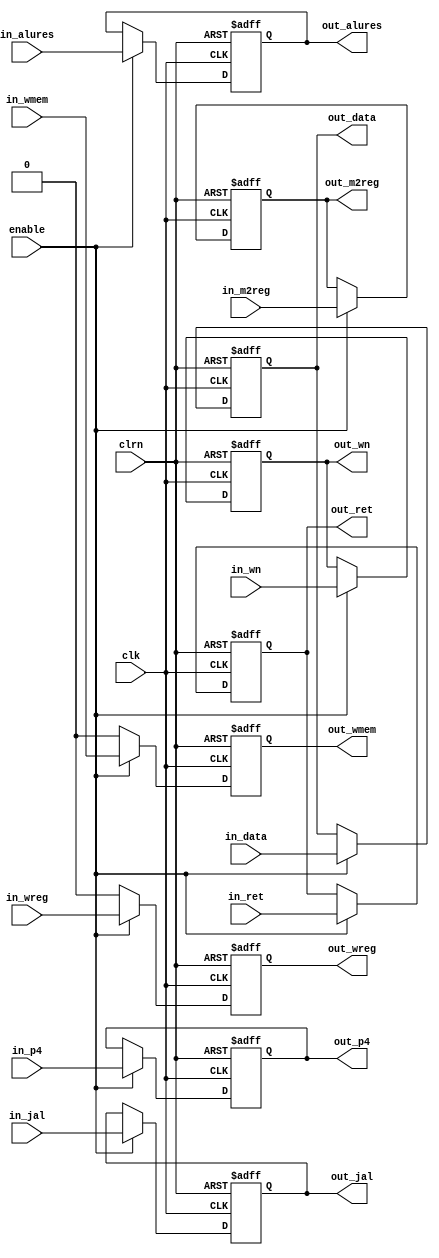
module latch_exmem (clrn,clk,enable,
                    in_wmem,in_wreg,in_m2reg,in_jal,
                    in_wn,in_alures,in_ret,in_p4,in_data,
                    out_wmem,out_wreg,out_m2reg,out_jal,
                    out_wn,out_alures,out_ret,out_p4,out_data                  
                    );

input           enable,clk,clrn;
input           in_wmem,in_wreg,in_m2reg,in_jal;
input   [4:0]   in_wn,in_ret;
input   [31:0]  in_alures,in_p4,in_data;

output           out_wmem,out_wreg,out_m2reg,out_jal;      
output   [4:0]   out_wn,out_ret;                  
output   [31:0]  out_alures,out_p4,out_data; 

reg              out_wmem,out_wreg,out_m2reg,out_jal;
reg      [4:0]   out_wn,out_ret;             
reg      [31:0]  out_alures,out_p4,out_data;          
always @(posedge clk or negedge clrn)         
    begin           
        if (clrn == 0)               
            begin                 // reset                 
                out_wmem<=0;
                out_wreg<=0;
                out_m2reg<=0;
                out_wn<=0;
                out_alures<=0;
                out_ret<=0;
                out_p4<=0;
                out_data<=0;
                out_jal <= 0;
        end else  begin                 
            if (enable == 1)
            begin                    
                out_wmem <= in_wmem;
                out_wreg <= in_wreg;
                out_m2reg <= in_m2reg;
                out_wn   <= in_wn;
                out_alures <= in_alures;
                out_ret <= in_ret;
                out_p4 <= in_p4;
                out_data<=in_data;
                out_jal <= in_jal;
            end
            else
            begin 
                out_wmem = 0;
                out_wreg = 0;
            end  
        end        
    end

endmodule